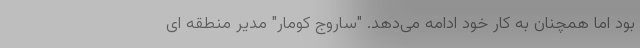
بود اما همچنان به کار خود ادامه می‌دهد. "ساروج کومار" مدیر منطقه ای